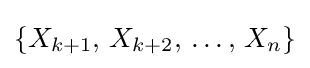
\{X_{k+1},\,X_{k+2},\,\ldots ,\,X_{n}\}